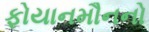
ફોયાનમૌનનો